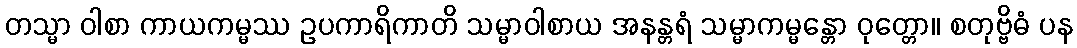
တသ္မာ ဝါစာ ကာယကမ္မဿ ဥပကာရိကာတိ သမ္မာဝါစာယ အနန္တရံ သမ္မာကမ္မန္တော ဝုတ္တော။ စတုဗ္ဗိဓံ ပန